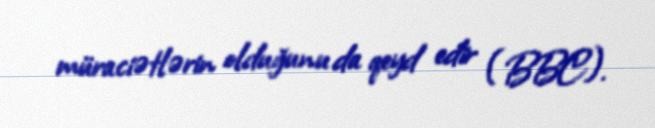
müraciətlərin olduğunu da qeyd edir (BBC).